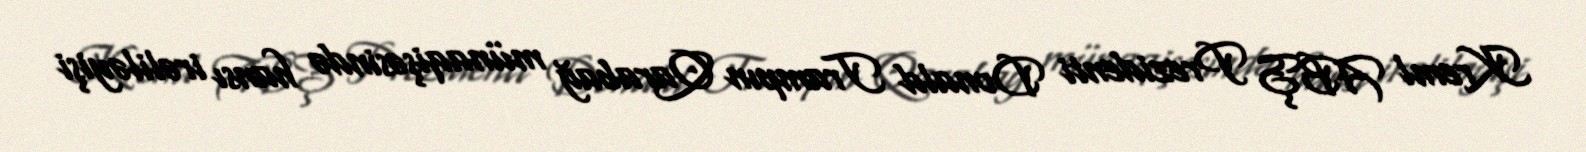
Kreml ABŞ Prezidenti Donald Trampın Qarabağ münaqişəsində hansı irəliləyişi